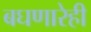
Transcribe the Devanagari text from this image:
बघणारेही